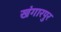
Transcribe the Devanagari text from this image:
खंगारपुर